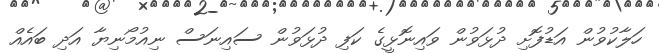
ހަލާކުވުން އަޑުފޮށި ދުޅަވުން ވައިނޮޅީގެ ކަފި ދުޅަވުން ސައިނަސް ނިއުމޯނިޔާ އަދި ބައެއް